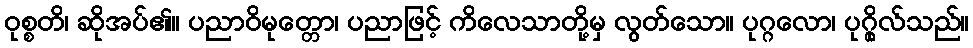
ဝုစ္စတိ၊ ဆိုအပ်၏။ ပညာဝိမုတ္တော၊ ပညာဖြင့် ကိလေသာတို့မှ လွတ်သော။ ပုဂ္ဂလော၊ ပုဂ္ဂိုလ်သည်။